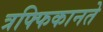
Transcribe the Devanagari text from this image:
त्रफ्फिकानते